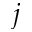
j